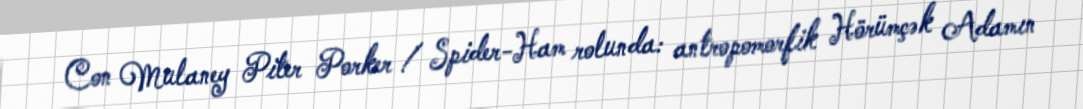
Con Mulaney Piter Porker / Spider-Ham rolunda: antropomorfik Hörümçək Adamın